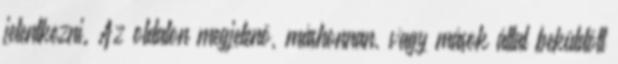
jelentkezni. Az oldalon megjelenö, máshonnan, vagy mások által beküldött